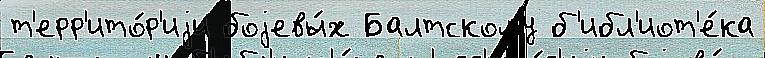
т'ерр'ито́р'иjи боjевы́х Балтскому б'ибл'иот'е́ка